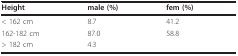
| Height | male (%) | fem (%) |
 | --- | --- | --- |
 | < 162 cm | 8.7 | 41.2 |
 | 162-182 cm | 87.0 | 58.8 |
 | > 182 cm | 4.3 |  |